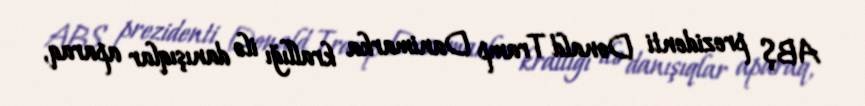
ABŞ prezidenti Donald Tramp Danimarka krallığı ilə danışıqlar aparaq,